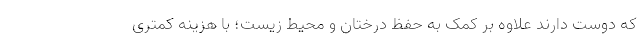
که دوست دارند علاوه بر کمک به حفظ درختان و محیط زیست؛ با هزینه کمتری